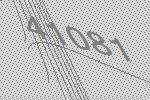
41081